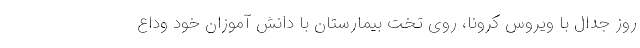
روز جدال با ویروس کرونا، روی تخت بیمارستان با دانش آموزان خود وداع